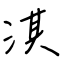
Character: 淇